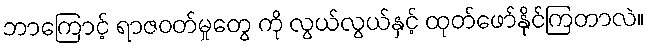
ဘာကြောင့် ရာဇဝတ်မှုတွေ ကို လွယ်လွယ်နှင့် ထုတ်ဖော်နိုင်ကြတာလဲ။